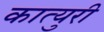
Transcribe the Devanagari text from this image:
कात्‍युरी